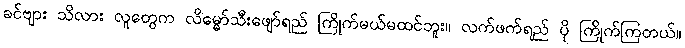
ခင်ဗျား သိလား လူတွေက လိမ္မော်သီးဖျော်ရည် ကြိုက်မယ်မထင်ဘူး။ လက်ဖက်ရည် ပို ကြိုက်ကြတယ်။